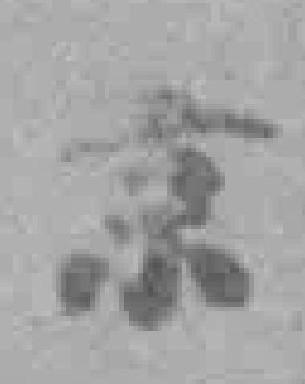
京